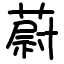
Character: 蔚